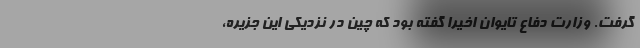
گرفت. وزارت دفاع تایوان اخیرا گفته بود که چین در نزدیکی این جزیره،